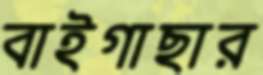
বাইগাছার